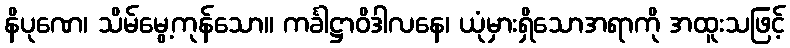
နိပုဏေ၊ သိမ်မွေ့ကုန်သော။ ကင်္ခါဋ္ဌာဝိဒါလနေ၊ ယုံမှားရှိသောအရာကို အထူးသဖြင့်